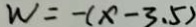
W = - ( x - 3 . 5 )